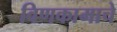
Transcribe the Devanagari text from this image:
विणकामाचे